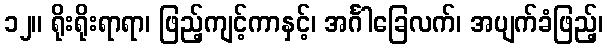
၁၂။ ရိုးရိုးရာရာ၊ ဖြည့်ကျင့်ကာနှင့်၊ အင်္ဂါခြေလက်၊ အပျက်ခံဖြည့်၊